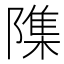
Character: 𮥢